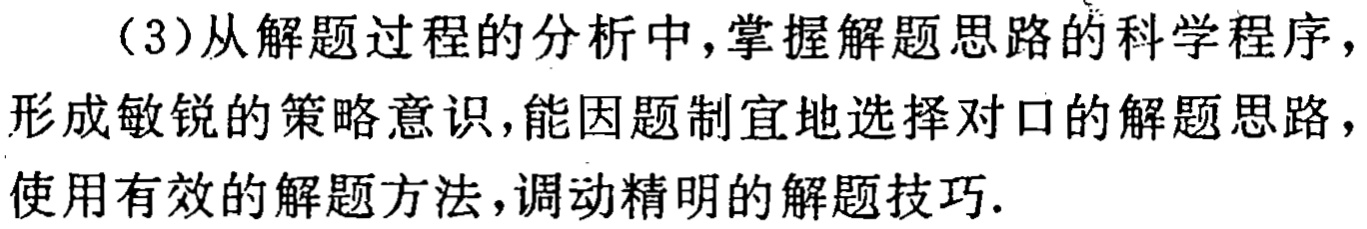
（3）从解题过程的分析中，掌握解题思路的科学程序，形成敏锐的策略意识，能因题制宜地选择对口的解题思路，使用有效的解题方法，调动精明的解题技巧.